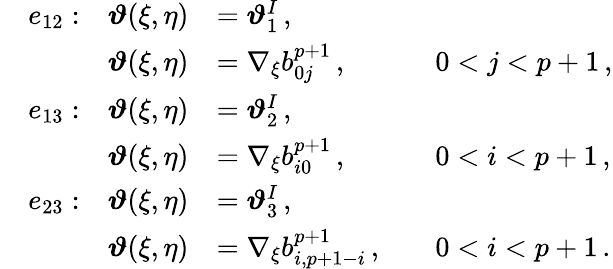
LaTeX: \begin{array}{rlrlrl}&{e_{12}:}&{\boldsymbol{\vartheta}(\xi,\eta)}&{=\boldsymbol{\vartheta}_{1}^{I}\, ,}\\ &{}&{\boldsymbol{\vartheta}(\xi,\eta)}&{=\nabla_{\xi}b_{0j}^{p+1}\, ,}&&{0<j<p+1\, ,}\\ &{e_{13}:}&{\boldsymbol{\vartheta}(\xi,\eta)}&{=\boldsymbol{\vartheta}_{2}^{I}\, ,}\\ &{}&{\boldsymbol{\vartheta}(\xi,\eta)}&{=\nabla_{\xi}b_{i0}^{p+1}\, ,}&&{0<i<p+1\, ,}\\ &{e_{23}:}&{\boldsymbol{\vartheta}(\xi,\eta)}&{=\boldsymbol{\vartheta}_{3}^{I}\, ,}\\ &{}&{\boldsymbol{\vartheta}(\xi,\eta)}&{=\nabla_{\xi}b_{i,p+1-i}^{p+1}\, ,}&&{0<i<p+1\, .}\end{array}